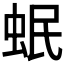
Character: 𧉬